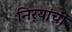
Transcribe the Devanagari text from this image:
निर्‍यांची